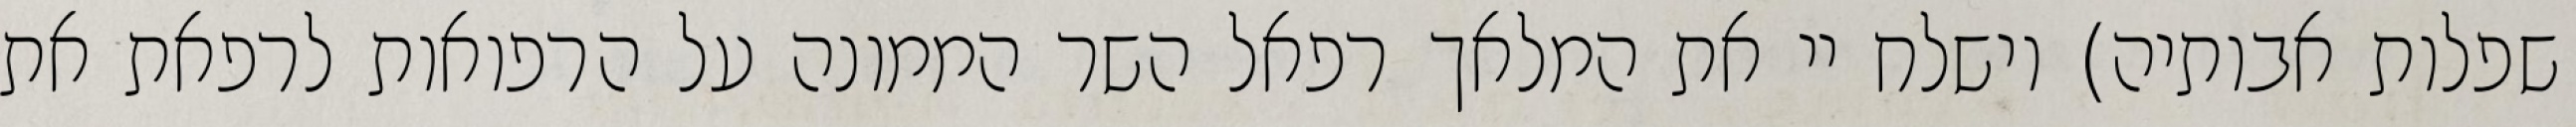
שפלות אבותיה) וישלח יי את המלאך רפאל השר הממונה על הרפואות לרפאת את